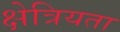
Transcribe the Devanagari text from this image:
क्षेत्रियता